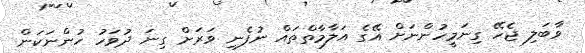
ވާބަލި ޖެހޭ ގިނަމީހުންނަށް އޭގެ އަލާމާތްތައް ނުފެނި ވަރަށް ގިނަ ދުވަހު ހުންނަކަން